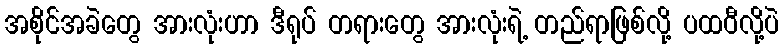
အစိုင်အခဲတွေ အားလုံးဟာ ဒီရုပ် တရားတွေ အားလုံးရဲ့ တည်ရာဖြစ်လို့ ပထဝီလို့ပဲ